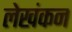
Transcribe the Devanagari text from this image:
लेखंकन